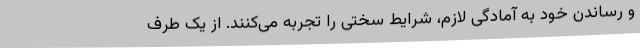
و رساندن خود به آمادگی لازم، شرایط سختی را تجربه می‌کنند. از یک طرف